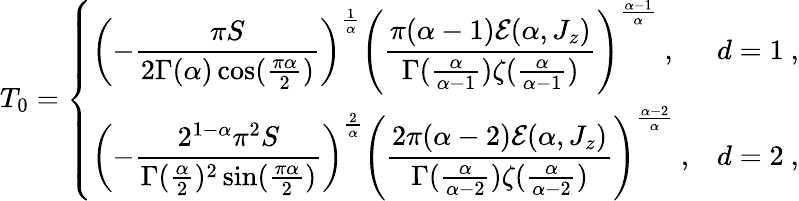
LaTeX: T_{0}=\left\{ \begin{array}{ll}{\left(-{\displaystyle{\frac{\pi S}{2\Gamma(\alpha)\cos(\frac{\pi\alpha}{2})}}}\right)^{\frac 1\alpha}\left({\displaystyle{\frac{\pi(\alpha-1)\mathcal E(\alpha,J_{z})}{\Gamma(\frac{\alpha}{\alpha-1})\zeta(\frac{\alpha}{\alpha-1})}}}\right)^{\frac{\alpha-1}{\alpha}}~,}&{d=1~,}\\ {\left(-{\displaystyle{\frac{2^{1-\alpha}\pi^{2}S}{\Gamma(\frac\alpha 2)^{2}\sin(\frac{\pi\alpha}{2})}}}\right)^{\frac 2\alpha}\left({\displaystyle{\frac{2\pi(\alpha-2)\mathcal E(\alpha,J_{z})}{\Gamma(\frac{\alpha}{\alpha-2})\zeta(\frac{\alpha}{\alpha-2})}}}\right)^{\frac{\alpha-2}{\alpha}}~,}&{d=2~,}\end{array}\right.